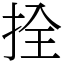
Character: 拴